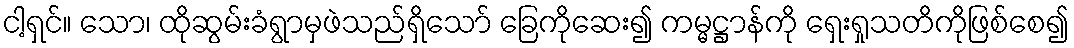
ငါ့ရှင်။ သော၊ ထိုဆွမ်းခံရွာမှဖဲသည်ရှိသော် ခြေကိုဆေး၍ ကမ္မဋ္ဌာန်ကို ရှေးရှုသတိကိုဖြစ်စေ၍